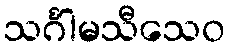
သင်္ဂါမသီသေဝ